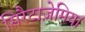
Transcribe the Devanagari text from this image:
सिरैटाज़ेमिया